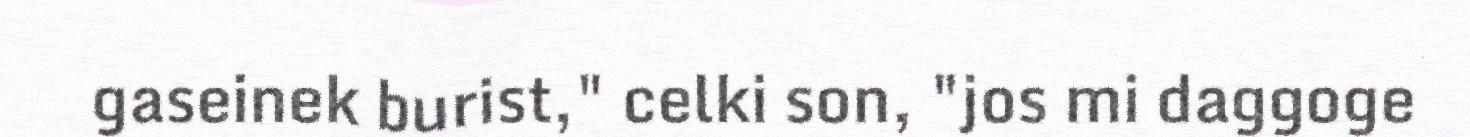
gaseinek burist," celki son, "jos mi daggoge